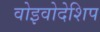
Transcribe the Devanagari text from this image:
वोइवोदेशिप